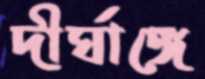
দীর্ঘাঙ্গে